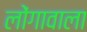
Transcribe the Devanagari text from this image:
लोंगावाला